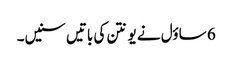
6 ساؤل نے یونتن کی باتیں سنیں۔